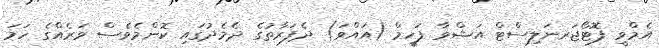
އެމްވީ ފޮޓޯޖަރނަލިސްޓް އަޝްވާ ފަހީމް (އައްވަ) ދެފަރާތުގެ ދެމެދުގައި ކޮންމެވެސް ވަރެއްގެ ހަމަ